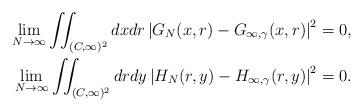
LaTeX: \begin{align*} \lim_{N \to \infty} \iint_{(C, \infty)^2} dx dr \left\lvert G_N(x, r) - G_{\infty, \gamma}(x, r) \right\rvert^2 = {}& 0, \\ \lim_{N \to \infty} \iint_{(C, \infty)^2} dr dy \left\lvert H_N(r, y) - H_{\infty, \gamma}(r, y) \right\rvert^2 = {}& 0. \end{align*}